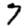
Digit: 7